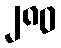
၂၈၀